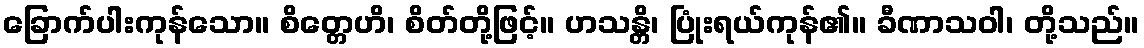
ခြောက်ပါးကုန်သော။ စိတ္တေဟိ၊ စိတ်တို့ဖြင့်။ ဟသန္တိ၊ ပြုံးရယ်ကုန်၏။ ခီဏာသဝါ၊ တို့သည်။